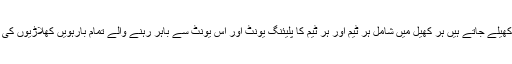
دنیا میں جتنے بھی کھیل کھیلے جاتے ہیں ہر کھیل میں شامل ہر ٹیم اور ہر ٹیم کا پلیئنگ یونٹ اور اس یونٹ سے باہر رہنے والے تمام بارہویں کھلاڑیوں کی داستانیں کچھ مختلف نہیں۔